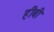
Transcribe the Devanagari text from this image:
हीबी